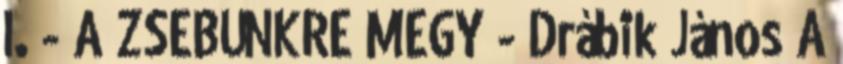
I. - A ZSEBÜNKRE MEGY - Drábik János A